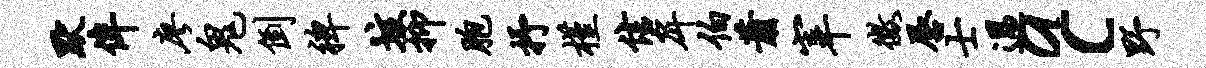
默侔廖鬼倒裨垓抑胞抒槿信戽伯萧宰征唇士过ac野